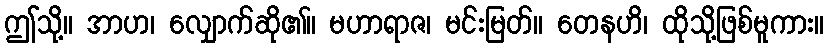
ဤသို့။ အာဟ၊ လျှောက်ဆို၏။ မဟာရာဇ၊ မင်းမြတ်။ တေနဟိ၊ ထိုသို့ဖြစ်မူကား။